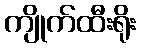
ကျိုက်ထီးရိုး